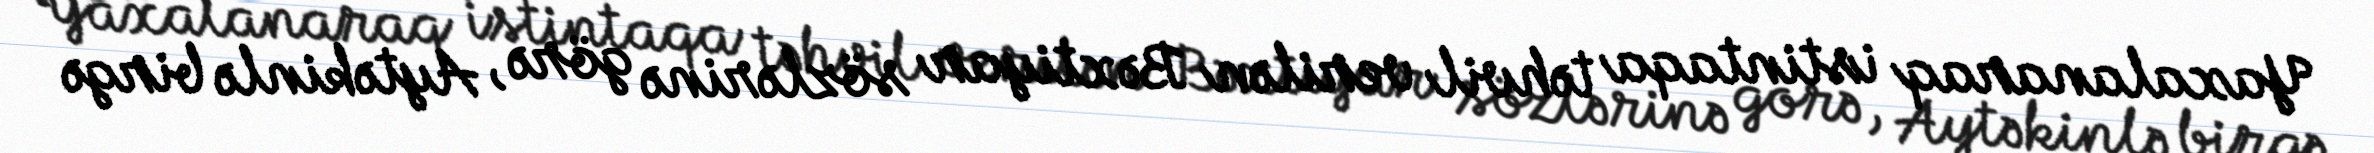
Yaxalanaraq istintaqa təhvil verilən Bəxtiyar sözlərinə görə, Aytəkinlə birgə